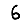
Digit: 6